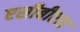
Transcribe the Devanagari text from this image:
एसीबीएस